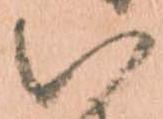
い